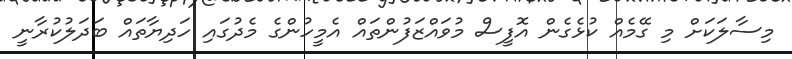
މިސާލަކަށް މި ގޭމެއް ކުޅެގެން އޮފީސް މުވައްޒަފުންތައް އެމީހުންގެ މެދުގައި ހަދިޔާތައް ބަދަލުކުރާނީ